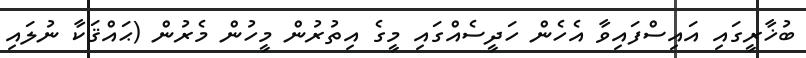
ބުޚާރީގައި އައިސްފައިވާ އެހެން ހަދީސެއްގައި މީގެ އިތުރުން މީހުން މެރުން (ޙައްޤަކާ ނުލައި